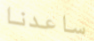
ساعدنا